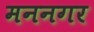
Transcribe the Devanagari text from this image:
मननगर